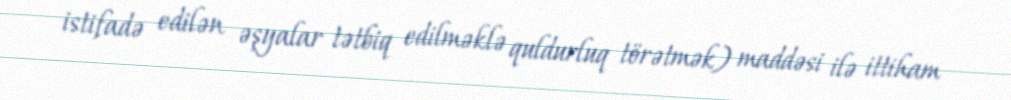
istifadə edilən əşyalar tətbiq edilməklə quldurluq törətmək) maddəsi ilə ittiham